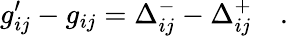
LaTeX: g_{ij}^{\prime}-g_{ij}=\Delta_{ij}^{-}-\Delta_{ij}^{+}\quad.